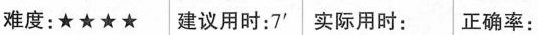
难度:★★★★ 建议用时:7' 实际用时: 正确率: